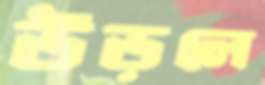
উড়লে